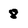
Character: 8